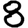
Digit: 8